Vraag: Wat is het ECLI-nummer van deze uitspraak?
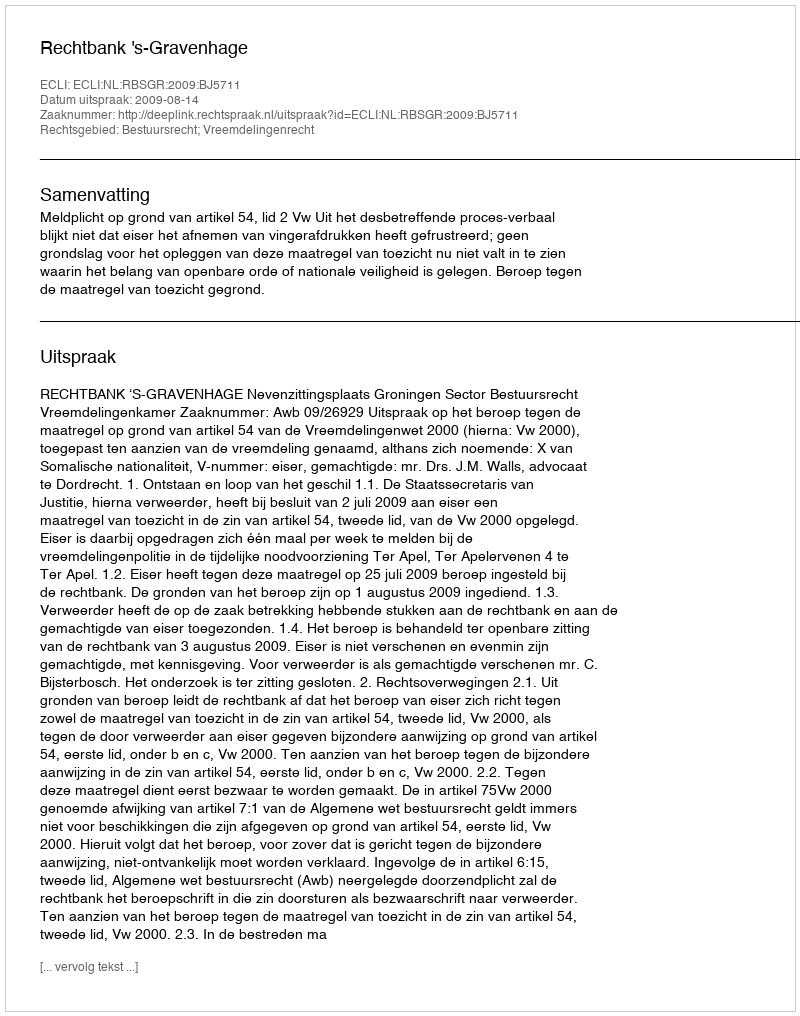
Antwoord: ECLI:NL:RBSGR:2009:BJ5711